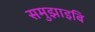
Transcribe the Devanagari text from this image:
समुझाइबि